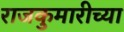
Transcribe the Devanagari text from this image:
राजकुमारीच्या